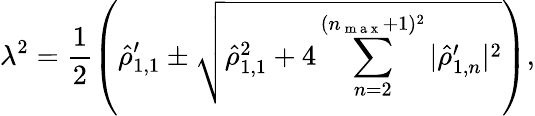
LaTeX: \lambda^{2}=\frac{1}{2}\left(\hat{\rho}_{1,1}^{\prime}\pm\sqrt{\hat{\rho}_{1,1}^{2}+4\sum_{n=2}^{(n_{\mathrm{~m~a~x~}}+1)^{2}}\vert\hat{\rho}_{1,n}^{\prime}\vert^{2}}\right),